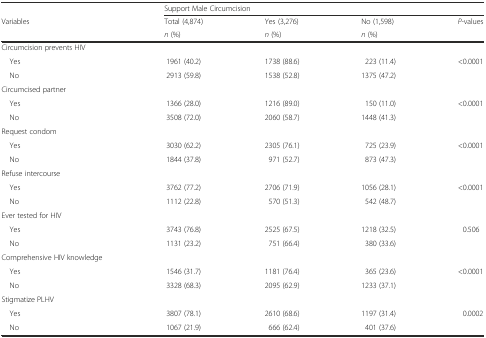
<table><thead><tr><td></td><td colspan="4"><b>Support Male Circumcision</b></td></tr><tr><td><b>Variables</b></td><td><b>Total (4,874)</b></td><td><b>Yes (3,276)</b></td><td><b>No (1,598)</b></td><td><b><i>P</i>-values</b></td></tr><tr><td></td><td><b><i>n</i> (%)</b></td><td><b><i>n</i> (%)</b></td><td><b><i>n</i> (%)</b></td><td></td></tr></thead><tbody><tr><td>Circumcision prevents HIV</td><td></td><td></td><td></td><td></td></tr><tr><td> Yes</td><td>1961 (40.2)</td><td>1738 (88.6)</td><td>223 (11.4)</td><td>&lt;0.0001</td></tr><tr><td> No</td><td>2913 (59.8)</td><td>1538 (52.8)</td><td>1375 (47.2)</td><td></td></tr><tr><td>Circumcised partner</td><td></td><td></td><td></td><td></td></tr><tr><td> Yes</td><td>1366 (28.0)</td><td>1216 (89.0)</td><td>150 (11.0)</td><td>&lt;0.0001</td></tr><tr><td> No</td><td>3508 (72.0)</td><td>2060 (58.7)</td><td>1448 (41.3)</td><td></td></tr><tr><td>Request condom</td><td></td><td></td><td></td><td></td></tr><tr><td> Yes</td><td>3030 (62.2)</td><td>2305 (76.1)</td><td>725 (23.9)</td><td>&lt;0.0001</td></tr><tr><td> No</td><td>1844 (37.8)</td><td>971 (52.7)</td><td>873 (47.3)</td><td></td></tr><tr><td>Refuse intercourse</td><td></td><td></td><td></td><td></td></tr><tr><td> Yes</td><td>3762 (77.2)</td><td>2706 (71.9)</td><td>1056 (28.1)</td><td>&lt;0.0001</td></tr><tr><td> No</td><td>1112 (22.8)</td><td>570 (51.3)</td><td>542 (48.7)</td><td></td></tr><tr><td>Ever tested for HIV</td><td></td><td></td><td></td><td></td></tr><tr><td> Yes</td><td>3743 (76.8)</td><td>2525 (67.5)</td><td>1218 (32.5)</td><td>0.506</td></tr><tr><td> No</td><td>1131 (23.2)</td><td>751 (66.4)</td><td>380 (33.6)</td><td></td></tr><tr><td>Comprehensive HIV knowledge</td><td></td><td></td><td></td><td></td></tr><tr><td> Yes</td><td>1546 (31.7)</td><td>1181 (76.4)</td><td>365 (23.6)</td><td>&lt;0.0001</td></tr><tr><td> No</td><td>3328 (68.3)</td><td>2095 (62.9)</td><td>1233 (37.1)</td><td></td></tr><tr><td>Stigmatize PLHV</td><td></td><td></td><td></td><td></td></tr><tr><td> Yes</td><td>3807 (78.1)</td><td>2610 (68.6)</td><td>1197 (31.4)</td><td>0.0002</td></tr><tr><td> No</td><td>1067 (21.9)</td><td>666 (62.4)</td><td>401 (37.6)</td><td></td></tr></tbody></table>